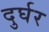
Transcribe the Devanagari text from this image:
दुर्घर